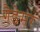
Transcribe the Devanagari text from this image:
गैडेमर